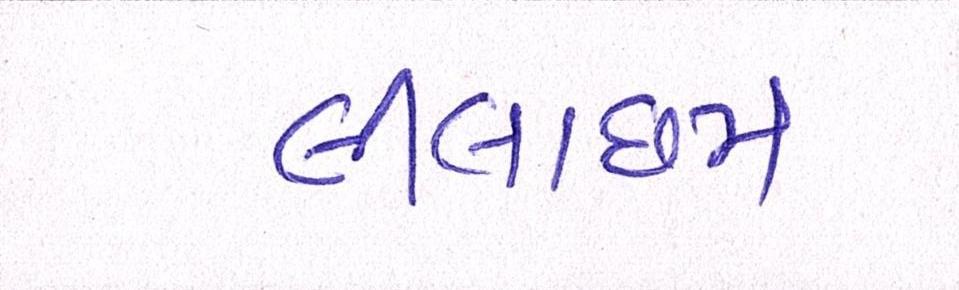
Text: લીલાછમ